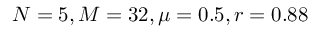
N = 5 , M = 3 2 , \mu = 0 . 5 , r = 0 . 8 8